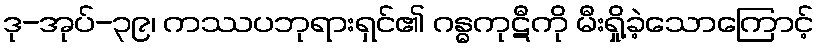
ဒု-အုပ်-၃၉၊ ကဿပဘုရားရှင်၏ ဂန္ဓကုဋီကို မီးရှို့ခဲ့သောကြောင့်